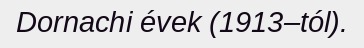
Dornachi évek (1913–tól).